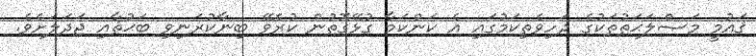
ޤައުމީ މަޞްލަޙަތުތަކުގެ ދަހިވެތިކަމުގައި އެ ކަންކަމާ ގުޅޭގޮތުން ކުރެވޭ ބިނާކުރަނިވި ބަޙުޘާއި ޖަދަލަށެވެ.